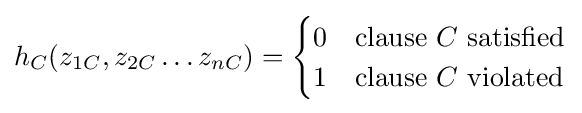
h_{C}(z_{1C},z_{2C}\dots z_{nC})={\begin{cases}0&{\mbox{clause }}C{\mbox{ satisfied}}\\1&{\mbox{clause }}C{\mbox{ violated}}\end{cases}}